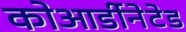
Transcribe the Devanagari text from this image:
कोआर्डीनेटेड